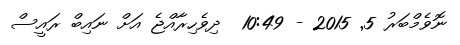
ނޮވެމްބަރު 5